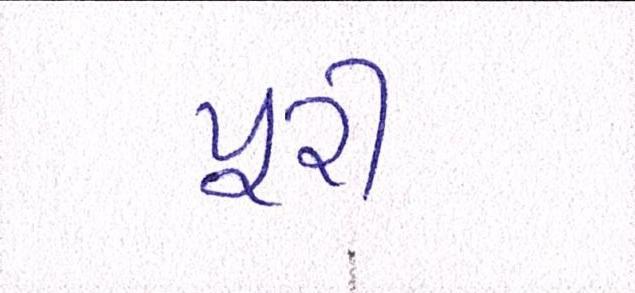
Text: પૂરી